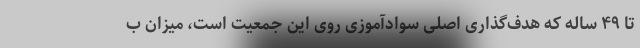
تا ۴۹ ساله که هدف‌گذاری اصلی سوادآموزی روی این جمعیت است، میزان ب